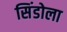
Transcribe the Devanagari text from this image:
सिंडोला